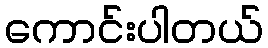
ကောင်းပါတယ်